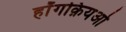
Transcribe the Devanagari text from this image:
हॉंगक़ियओ